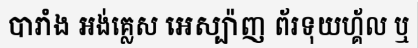
បារាំង អង់គ្លេស អេស្ប៉ាញ ព័រទុយហ្គ័ល ឬ